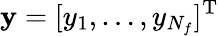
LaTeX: \textbf{y}=[y_{1},\dots,y_{N_{f}}]^{\textrm{T}}